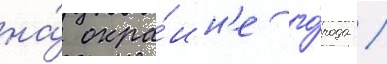
на́ окра́ин'е го́рода /